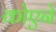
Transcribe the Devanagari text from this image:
कोएने